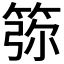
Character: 𥮜